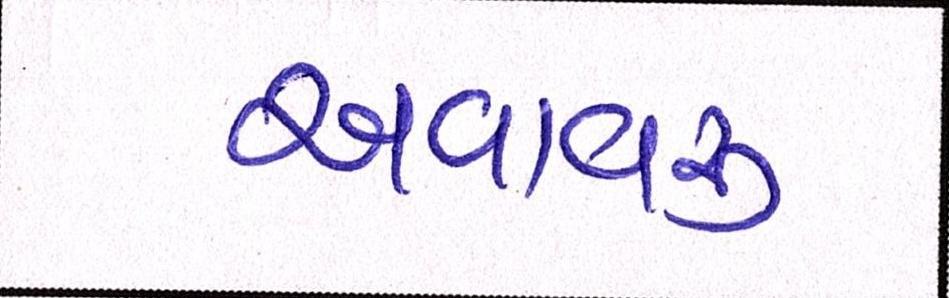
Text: અવાવરૂ